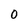
Character: 0